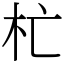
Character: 杧